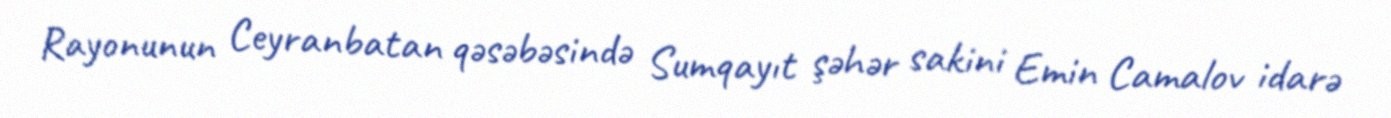
Rayonunun Ceyranbatan qəsəbəsində Sumqayıt şəhər sakini Emin Camalov idarə